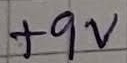
Text: +9V